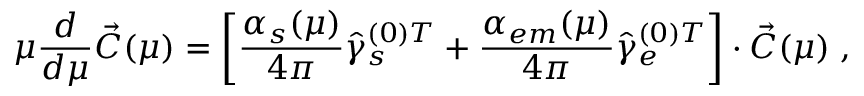
\mu { \frac { d } { d \mu } } \vec { C } ( \mu ) = \left[ { \frac { \alpha _ { s } ( \mu ) } { 4 \pi } } { \hat { \gamma } _ { s } ^ { ( 0 ) T } } + { \frac { \alpha _ { e m } ( \mu ) } { 4 \pi } } { \hat { \gamma } _ { e } ^ { ( 0 ) T } } \right] \cdot \vec { C } ( \mu ) \; ,